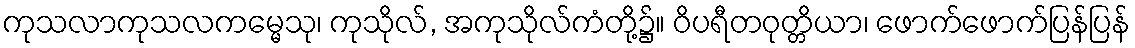
ကုသလာကုသလကမ္မေသု၊ ကုသိုလ်, အကုသိုလ်ကံတို့၌။ ဝိပရီတဝုတ္တိယာ၊ ဖောက်ဖောက်ပြန်ပြန်